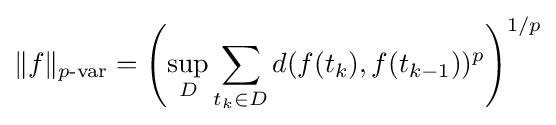
\|f\|_{p{\text{-var}}}=\left(\sup _{D}\sum _{t_{k}\in D}d(f(t_{k}),f(t_{k-1}))^{p}\right)^{1/p}